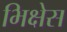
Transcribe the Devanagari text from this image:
भिक्षेस